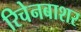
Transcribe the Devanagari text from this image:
रिचेनबाशर